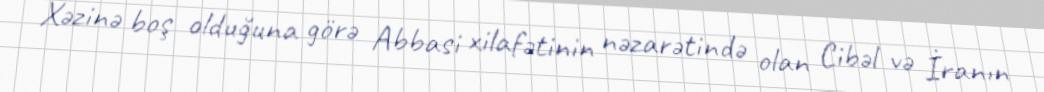
Xəzinə boş olduğuna görə Abbasi xilafətinin nəzarətində olan Cibəl və İranın